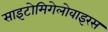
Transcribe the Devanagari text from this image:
साइटोमिगेलोवाइरस